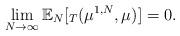
LaTeX: \begin{align*}\lim_{N\to \infty}\mathbb{E}_{N}[_T(\mu^{1,N},\mu)]=0.\end{align*}